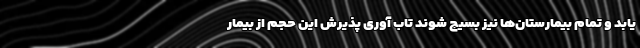
یابد و تمام بیمارستان‌ها نیز بسیج شوند تاب آوری پذیرش این حجم از بیمار